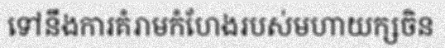
ទៅនឹងការគំរាមកំហែងរបស់មហាយក្សចិន